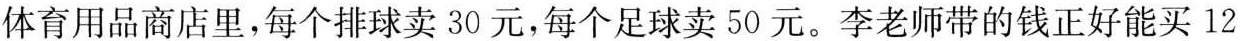
体育用品商店里，每个排球卖30元，每个足球卖50元。李老师带的钱正好能买12